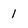
Character: 1